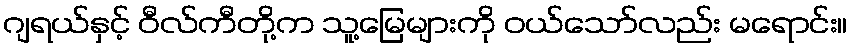
ဂျရယ်နှင့် ဝီလ်ကီတို့က သူ့မြေများကို ဝယ်သော်လည်း မရောင်း။